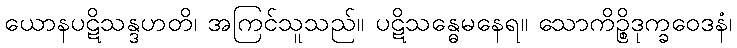
ယောနပဋိသန္ဒဟတိ၊ အကြင်သူသည်။ ပဋိသန္ဓေမနေရ။ သောကိဉ္စိဒုက္ခဝေဒနံ၊